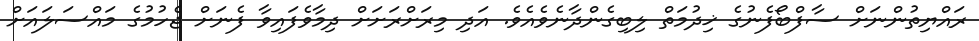
ރައްޔިތުންނަށް ސާފްބޯފެނުގެ ޚިދުމަތް ލިބިގެންދާނެވެއެވެ. އަދި މިރަށްރަށަށް ދިމާވެފައިވާ ފެނަށް ޖެހުމުގެ މައްސަލައަށް